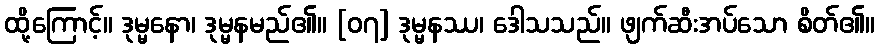
ထို့ကြောင့်။ ဒုမ္မနော၊ ဒုမ္မနမည်၏။ [၀၇] ဒုမ္မနဿ၊ ဒေါသသည်။ ဖျက်ဆီးအပ်သော စိတ်၏။